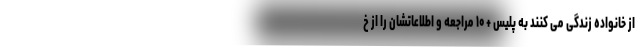
از خانواده زندگی می کنند به پلیس + ۱۰ مراجعه و اطلاعاتشان را از خ